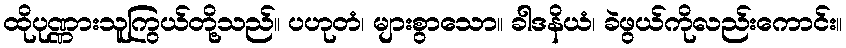
ထိုပုဏ္ဏားသူကြွယ်တို့သည်။ ပဟုတံ၊ များစွာသော။ ခါဒနိယံ၊ ခဲဖွယ်ကိုလည်းကောင်း။